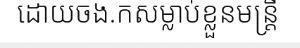
ដោយចង.កសម្លាប់ខ្លួនមន្ត្រី